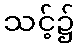
သင့်၌